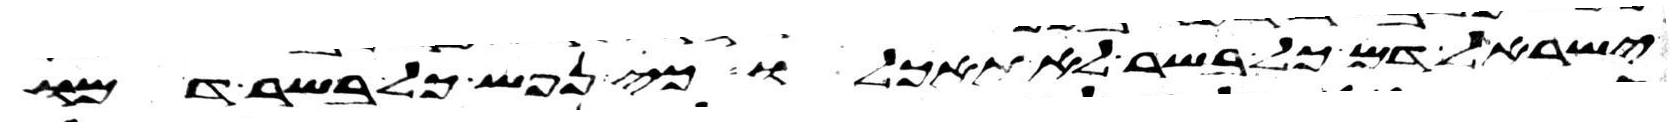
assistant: ישראל דם כל בשר לא תאכלו כי נפש כל בשר דמו